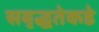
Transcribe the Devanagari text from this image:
समृद्धतेकडे